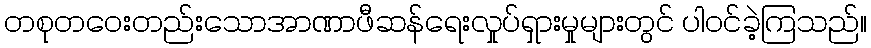
တစုတဝေးတည်းသောအာဏာဖီဆန်ရေးလှုပ်ရှားမှုများတွင် ပါဝင်ခဲ့ကြသည်။